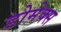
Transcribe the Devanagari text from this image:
डोमेक्स